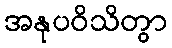
အနုပဝိသိတွာ